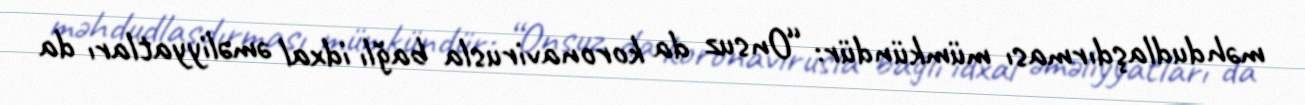
məhdudlaşdırması mümkündür: “Onsuz da koronavirusla bağlı idxal əməliyyatları da